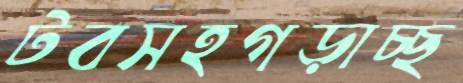
টবসহগড়াচ্ছ